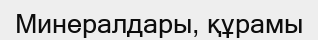
Минералдары, құрамы